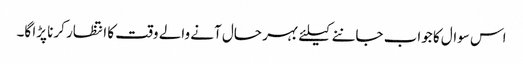
اس سوال کا جواب جاننے کیلئے بہر حال آنے والے وقت کا انتظار کرنا پڑا گا۔